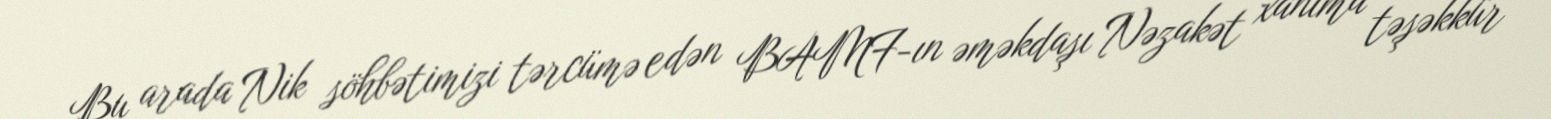
Bu arada Nik söhbətimizi tərcümə edən BAMF-ın əməkdaşı Nəzakət xanıma təşəkkür